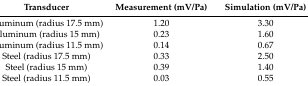
<table><thead><tr><td><b>Transducer</b></td><td><b>Measurement (mV/Pa)</b></td><td><b>Simulation (mV/Pa)</b></td></tr></thead><tbody><tr><td>Aluminum (radius 17.5 mm)</td><td>1.20</td><td>3.30</td></tr><tr><td>Aluminum (radius 15 mm)</td><td>0.23</td><td>1.60</td></tr><tr><td>Aluminum (radius 11.5 mm)</td><td>0.14</td><td>0.67</td></tr><tr><td>Steel (radius 17.5 mm)</td><td>0.33</td><td>2.50</td></tr><tr><td>Steel (radius 15 mm)</td><td>0.39</td><td>1.40</td></tr><tr><td>Steel (radius 11.5 mm)</td><td>0.03</td><td>0.55</td></tr></tbody></table>